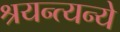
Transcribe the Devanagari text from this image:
श्रयन्त्यन्ये